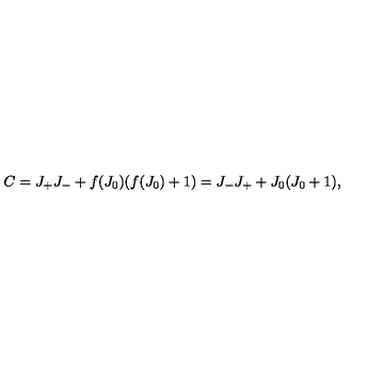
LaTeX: C = J _ { + } J _ { - } + f ( J _ { 0 } ) ( f ( J _ { 0 } ) + 1 ) = J _ { - } J _ { + } + J _ { 0 } ( J _ { 0 } + 1 ) ,